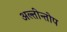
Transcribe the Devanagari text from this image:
अल्तीन्तोप